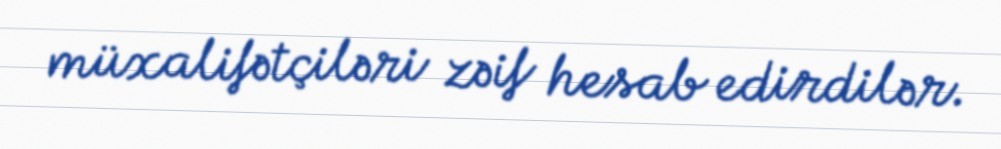
müxalifətçiləri zəif hesab edirdilər.